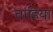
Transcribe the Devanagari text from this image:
ताहिया